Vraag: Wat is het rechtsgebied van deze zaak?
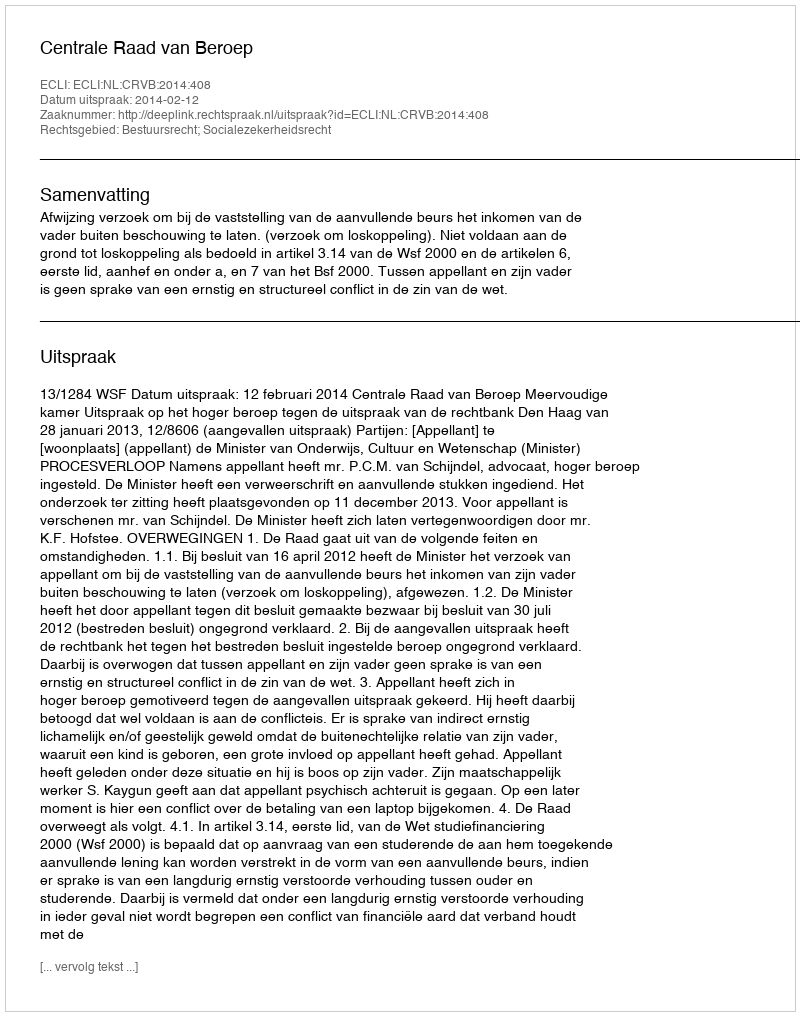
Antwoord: Bestuursrecht; Socialezekerheidsrecht